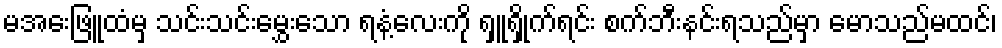
မအေးဖြူထံမှ သင်းသင်းမွှေးသော ရနံ့လေးကို ရှူရှိုက်ရင်း စက်ဘီးနင်းရသည်မှာ မောသည်မထင်၊